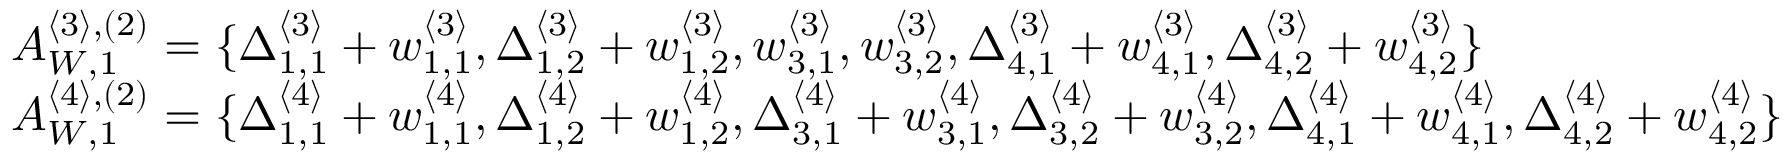
\begin{array} { r l } & { A _ { W , 1 } ^ { \langle 3 \rangle , ( 2 ) } = \{ \Delta _ { 1 , 1 } ^ { \langle 3 \rangle } + w _ { 1 , 1 } ^ { \langle 3 \rangle } , \Delta _ { 1 , 2 } ^ { \langle 3 \rangle } + w _ { 1 , 2 } ^ { \langle 3 \rangle } , w _ { 3 , 1 } ^ { \langle 3 \rangle } , w _ { 3 , 2 } ^ { \langle 3 \rangle } , \Delta _ { 4 , 1 } ^ { \langle 3 \rangle } + w _ { 4 , 1 } ^ { \langle 3 \rangle } , \Delta _ { 4 , 2 } ^ { \langle 3 \rangle } + w _ { 4 , 2 } ^ { \langle 3 \rangle } \} } \\ & { A _ { W , 1 } ^ { \langle 4 \rangle , ( 2 ) } = \{ \Delta _ { 1 , 1 } ^ { \langle 4 \rangle } + w _ { 1 , 1 } ^ { \langle 4 \rangle } , \Delta _ { 1 , 2 } ^ { \langle 4 \rangle } + w _ { 1 , 2 } ^ { \langle 4 \rangle } , \Delta _ { 3 , 1 } ^ { \langle 4 \rangle } + w _ { 3 , 1 } ^ { \langle 4 \rangle } , \Delta _ { 3 , 2 } ^ { \langle 4 \rangle } + w _ { 3 , 2 } ^ { \langle 4 \rangle } , \Delta _ { 4 , 1 } ^ { \langle 4 \rangle } + w _ { 4 , 1 } ^ { \langle 4 \rangle } , \Delta _ { 4 , 2 } ^ { \langle 4 \rangle } + w _ { 4 , 2 } ^ { \langle 4 \rangle } \} } \end{array}